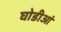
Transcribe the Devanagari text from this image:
घोडीआं